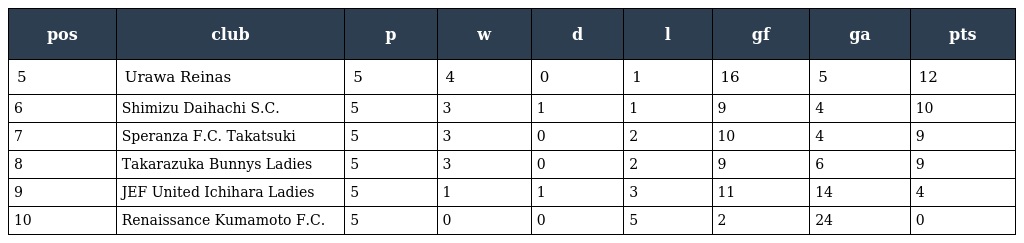
| pos | club | p | w | d | l | gf | ga | pts |
 | --- | --- | --- | --- | --- | --- | --- | --- | --- |
 | 5 | Urawa Reinas | 5 | 4 | 0 | 1 | 16 | 5 | 12 |
 | 6 | Shimizu Daihachi S.C. | 5 | 3 | 1 | 1 | 9 | 4 | 10 |
 | 7 | Speranza F.C. Takatsuki | 5 | 3 | 0 | 2 | 10 | 4 | 9 |
 | 8 | Takarazuka Bunnys Ladies | 5 | 3 | 0 | 2 | 9 | 6 | 9 |
 | 9 | JEF United Ichihara Ladies | 5 | 1 | 1 | 3 | 11 | 14 | 4 |
 | 10 | Renaissance Kumamoto F.C. | 5 | 0 | 0 | 5 | 2 | 24 | 0 |